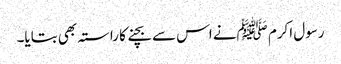
رسول اکرم ﷺنے اس سے بچنے کا راستہ بھی بتایا۔